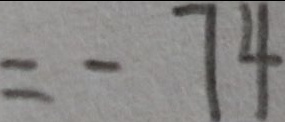
= - 7 4